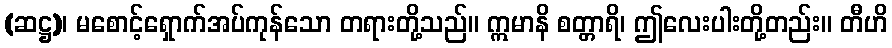
(ဆဋ္ဌ)၊ မစောင့်ရှောက်အပ်ကုန်သော တရားတို့သည်။ ဣမာနိ စတ္တာရိ၊ ဤလေးပါးတို့တည်း။ တီဟိ